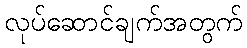
လုပ်ဆောင်ချက်အတွက်